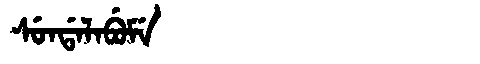
Manchu: ᠰᡠᠨᡩᠠᠯᠠᠪᡠᠮᡝ
Romanization: SUNDALABUME